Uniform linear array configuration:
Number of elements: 4
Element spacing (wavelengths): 0.5
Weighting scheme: uniform
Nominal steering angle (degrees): -45
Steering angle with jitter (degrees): -46.122
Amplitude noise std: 0.05
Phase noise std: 0.05

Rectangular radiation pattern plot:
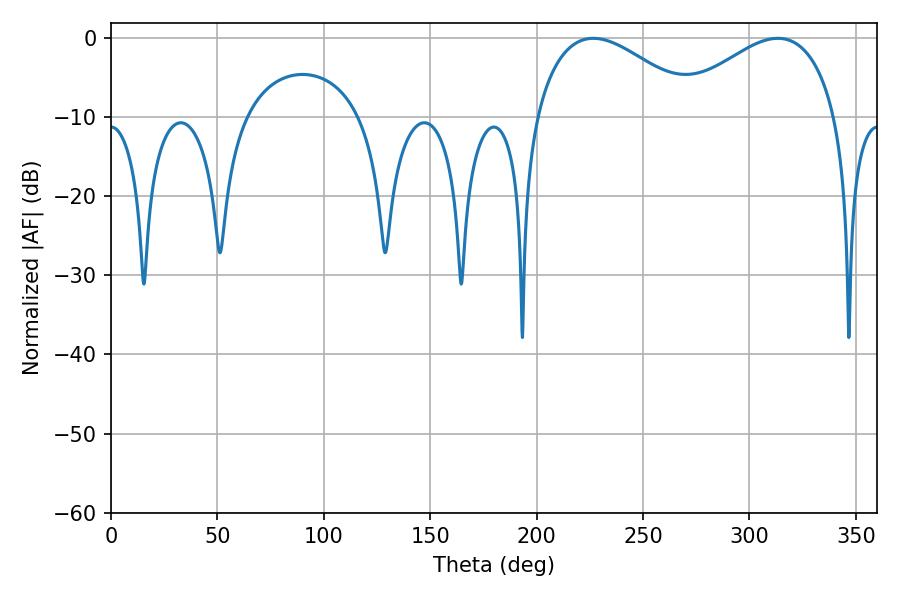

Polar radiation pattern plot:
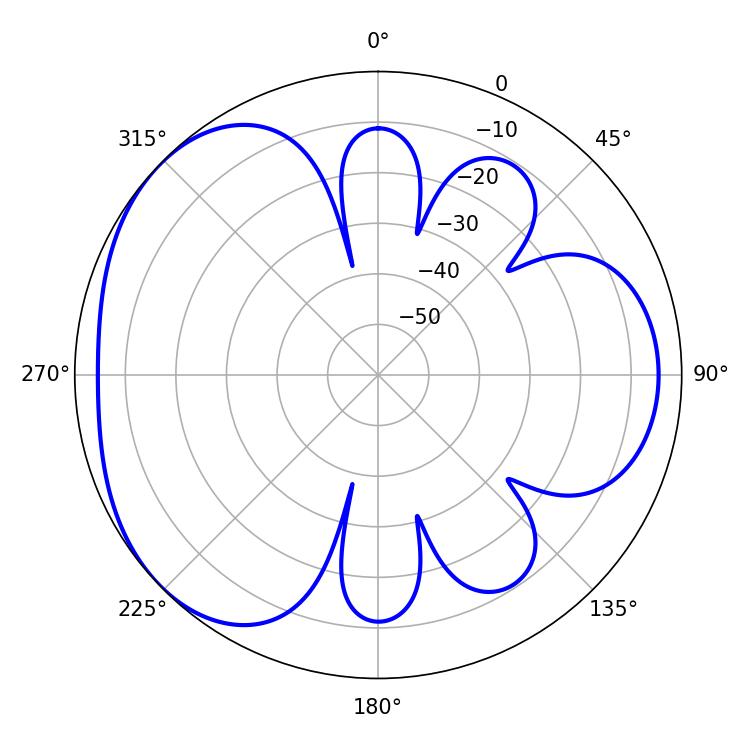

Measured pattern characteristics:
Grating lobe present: FALSE
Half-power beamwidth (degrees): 42.3
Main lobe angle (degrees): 226.62